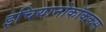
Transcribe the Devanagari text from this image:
इचियानोकॉककस